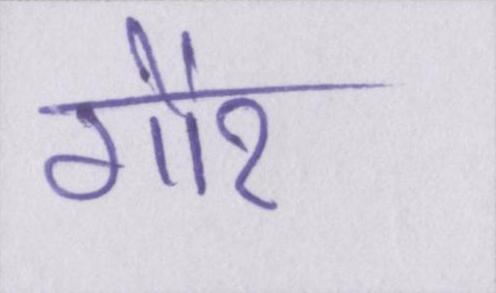
गौर